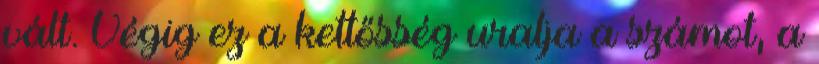
vált. Végig ez a kettősség uralja a számot, a